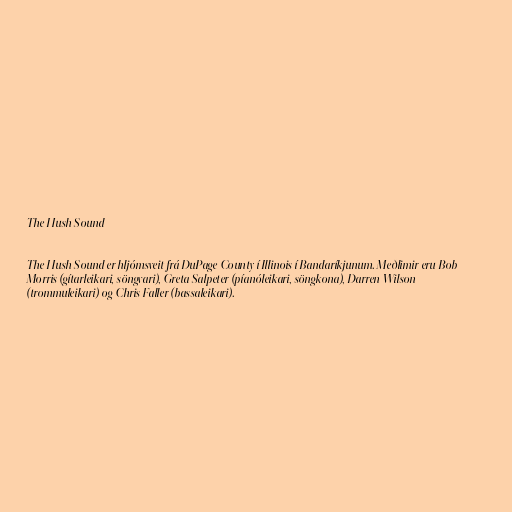
The Hush Sound

The Hush Sound er hljómsveit frá DuPage County í Illinois í Bandaríkjunum. Meðlimir eru Bob
Morris (gítarleikari, söngvari), Greta Salpeter (píanóleikari, söngkona), Darren Wilson
(trommuleikari) og Chris Faller (bassaleikari).